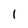
Character: I